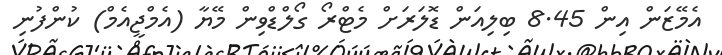
އެމޭޒަން އިން 8.45 ބިލިއަން ޑޮލަރަށް މެޓްރޯ ގޯލްޑްވިން މޭޔާ (އެމްޖީއެމް) ކުންފުނި